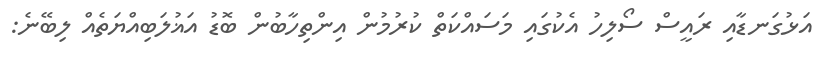
އަޅުގަނޑާއި ރައީސް ސޯލިހު އެކުގައި މަސައްކަތް ކުރުމުން އިންތިހާބުން ބޮޑު އަޣުލަބިއްޔަތެއް ލިބޭނެ: